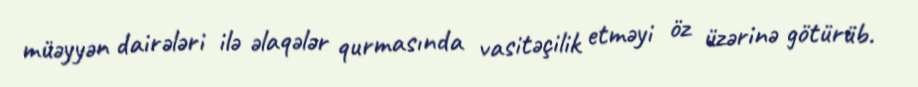
müəyyən dairələri ilə əlaqələr qurmasında vasitəçilik etməyi öz üzərinə götürüb.